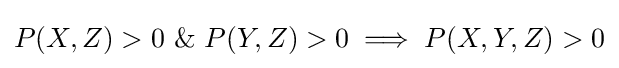
P(X,Z)>0~\&~P(Y,Z)>0\implies P(X,Y,Z)>0